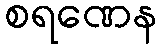
စရဏေန